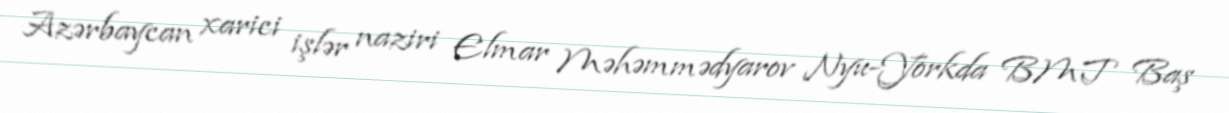
Azərbaycan xarici işlər naziri Elmar Məhəmmədyarov Nyu-Yorkda BMT Baş